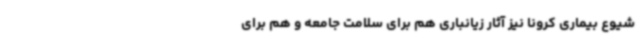
شیوع بیماری کرونا نیز آثار زیانباری هم برای سلامت جامعه و هم برای